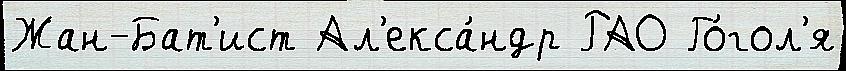
Жан-Бат'ист Ал'екса́ндр РАО Го́гол'я